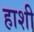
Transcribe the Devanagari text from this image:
हाशी